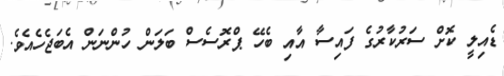
ޑެއިލީ ކޮށް ސަރުކާރުގެ ފައިސާ އާއި ބެހޭ ޕްރޮސެސް ބަލަން ހުންނަން އެބަޖެހެއެވެ.